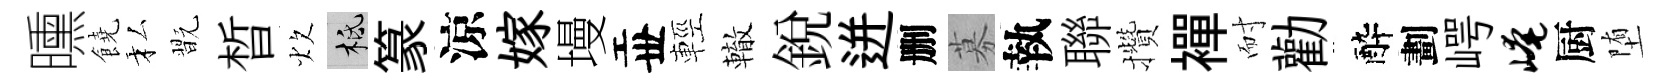
曛饒私翫晳炊柢篆涼嫁墁丗輕轍銳迸删募執聯攢襌耐勸醉劃崿崦厨堕